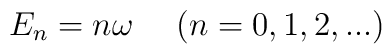
E_n = n \omega~~~~(n=0,1,2,...)